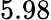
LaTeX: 5.98